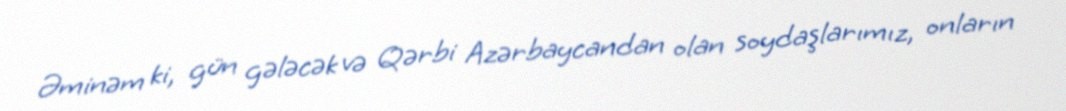
Əminəm ki, gün gələcək və Qərbi Azərbaycandan olan soydaşlarımız, onların